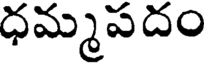
ధమ్మపదం